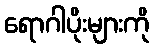
ရောဂါပိုးများကို